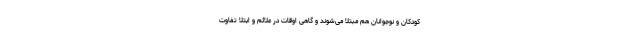
کودکان و نوجوانان هم مبتلا می‌شوند و گاهی اوقات در علائم و ابتلا تفاوت